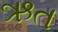
ઋત